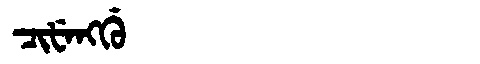
Manchu: ᠴᡳᡶᡝᠩᡤᡠ
Romanization: CIFENGGU